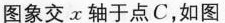
图象交x轴于点C，如图